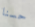
حسنا